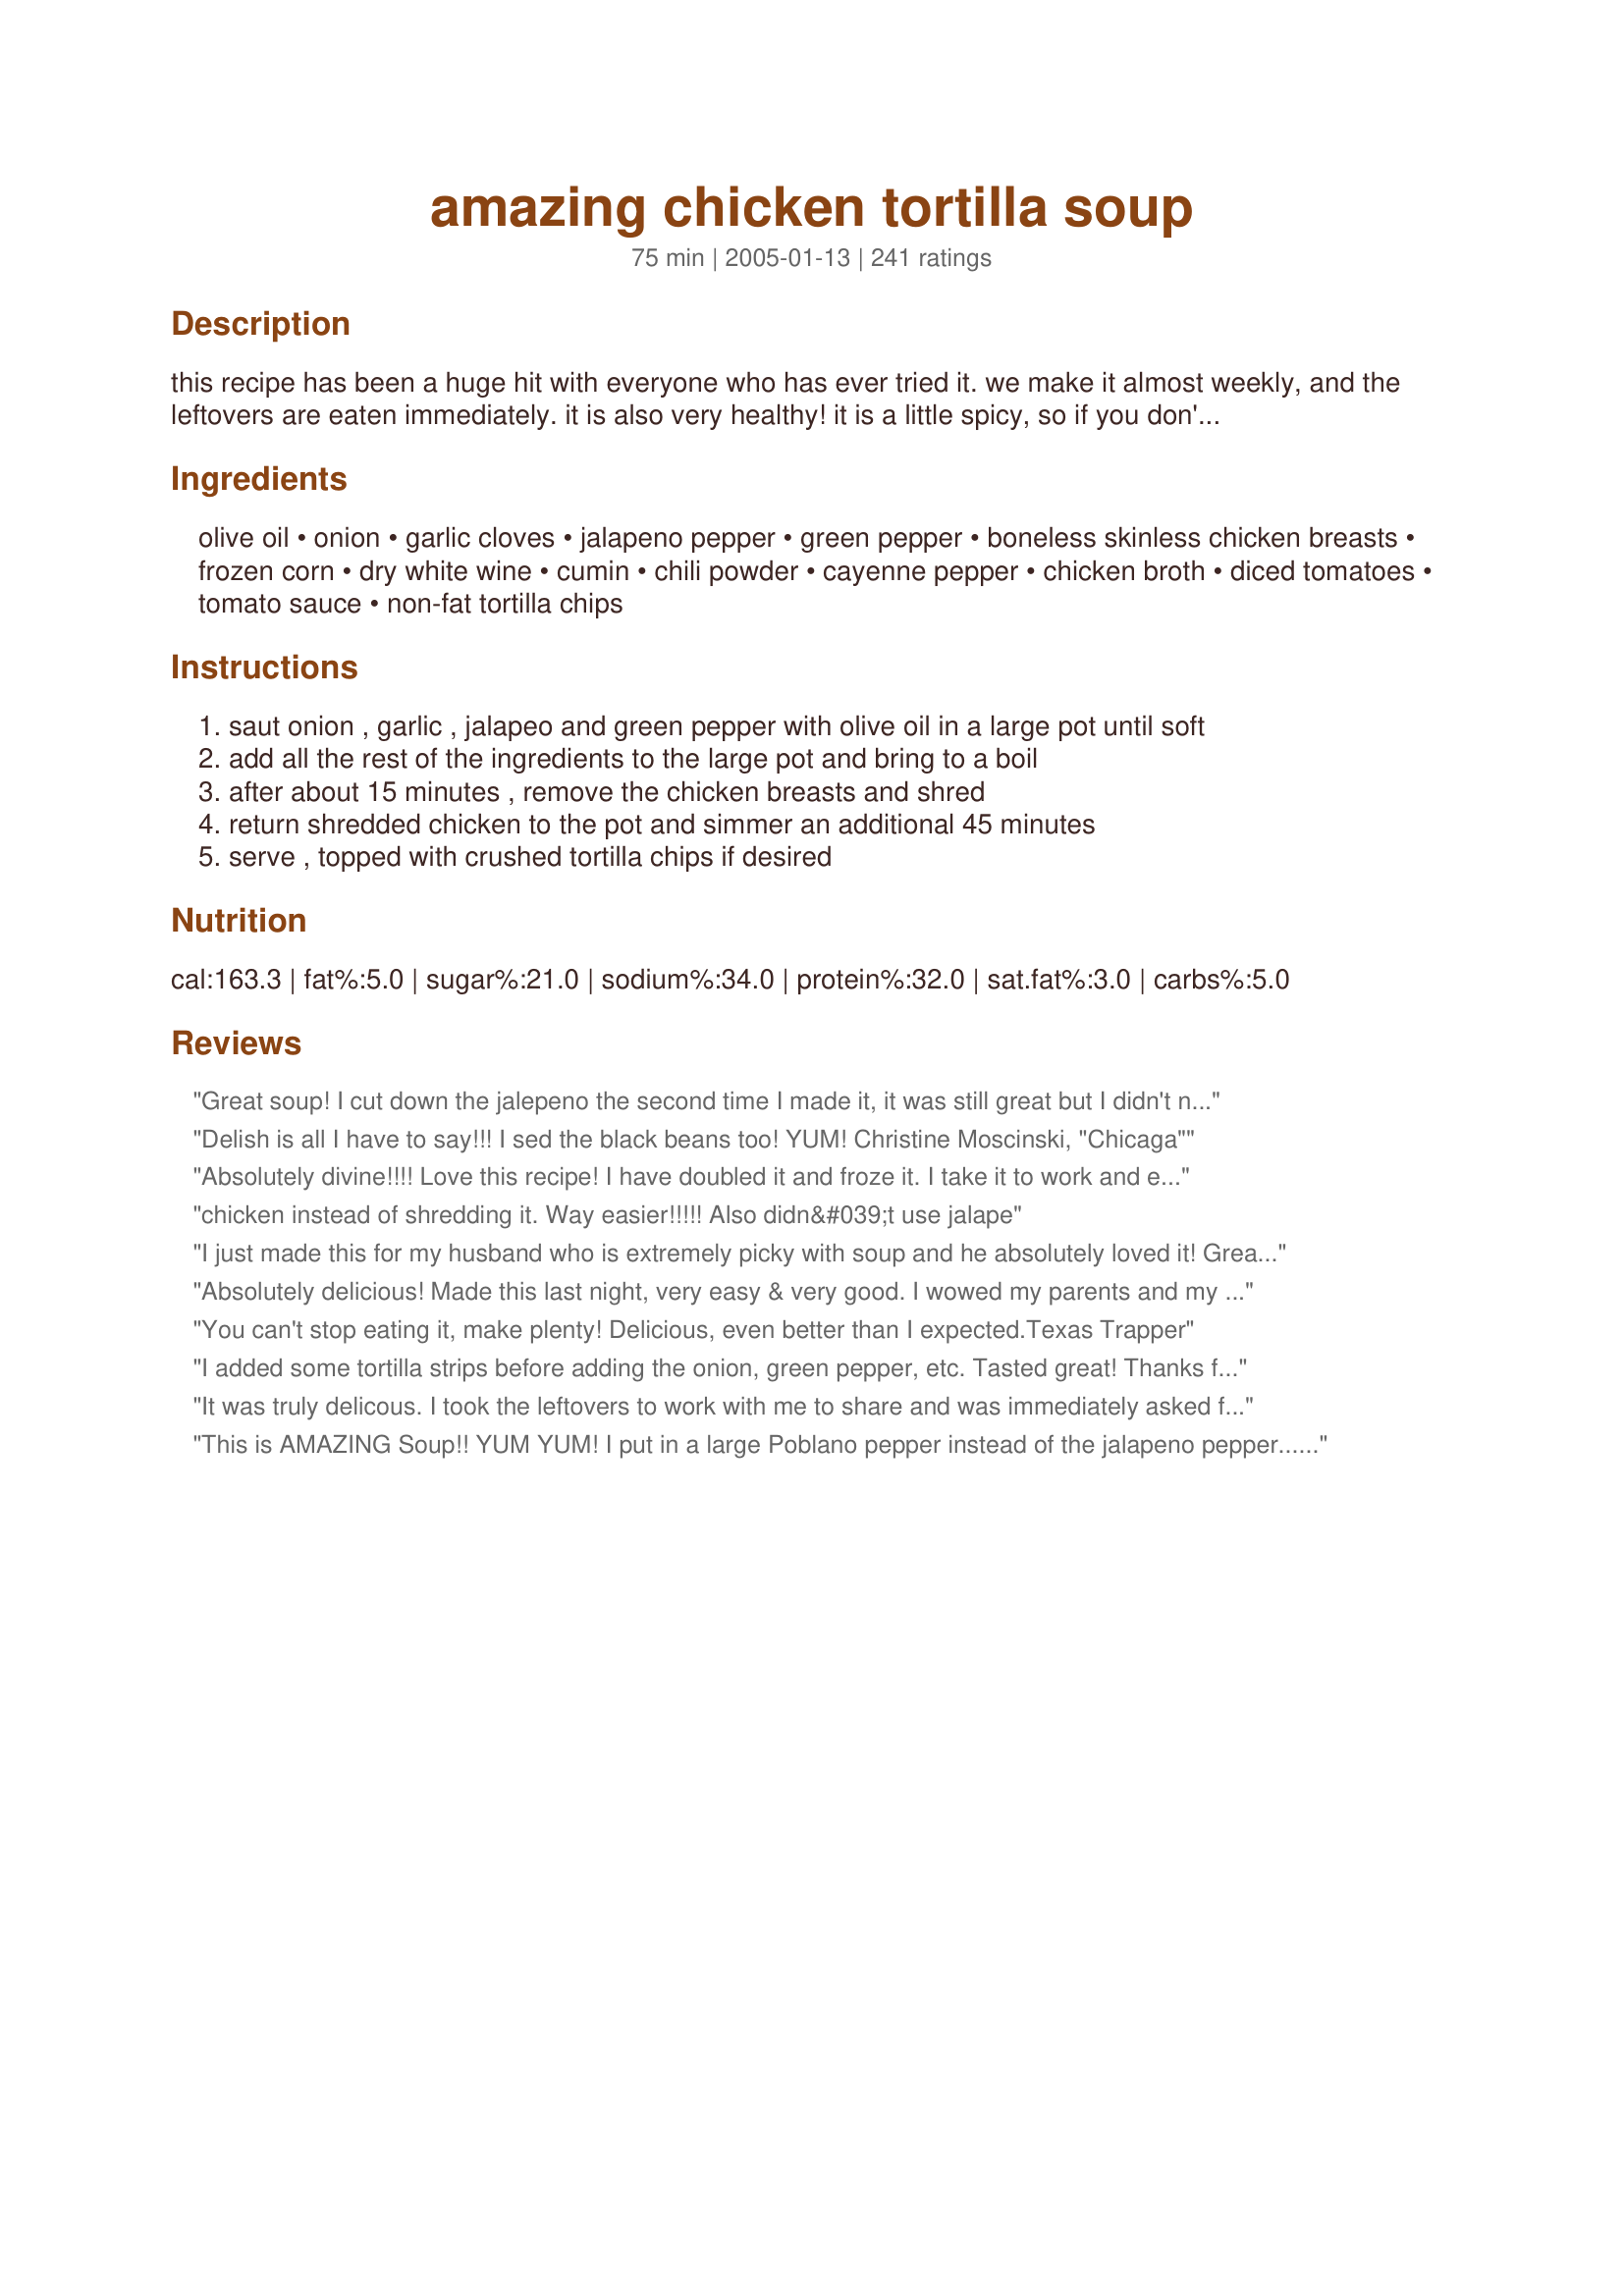
amazing chicken tortilla soup
Preparation time: 75 minutes

this recipe has been a huge hit with everyone who has ever tried it. we make it almost weekly, and the leftovers are eaten immediately. it is also very healthy! it is a little spicy, so if you don't have too much of a tolerance for spicy foods, you may choose to leave out the seeds of the jalapeño. if you love spicy, like we do, extra cayenne pepper adds even more zing. enjoy!

Ingredients:
olive oil, onion, garlic cloves, jalapeno pepper, green pepper, boneless skinless chicken breasts, frozen corn, dry white wine, cumin, chili powder, cayenne pepper, chicken broth, diced tomatoes, tomato sauce, non-fat tortilla chips

Steps:
saut onion , garlic , jalapeo and green pepper with olive oil in a large pot until soft
add all the rest of the ingredients to the large pot and bring to a boil
after about 15 minutes , remove the chicken breasts and shred
return shredded chicken to the pot and simmer an additional 45 minutes
serve , topped with crushed tortilla chips if desired

Reviews:
Great soup! I cut down the jalepeno the second time I made it, it was still great but I didn't need kleenex.
Delish is all I have to say!!! I sed the black beans too! YUM!

Christine Moscinski, "Chicaga"
Absolutely divine!!!! Love this recipe! I have doubled it and froze it. I take it to work and everyone who trys it loves it. the amount of heat is perfect. sometimes i add a bit of sour cream. It is sooo good i dream about it ;)!!
chicken instead of shredding it. Way easier!!!!! Also didn&#039;t use jalape
I just made this for my husband who is extremely picky with soup and he absolutely loved it! Great flavor! Followed the recipe but used canned corn instead of frozen and 1 can of black beans. It was amazing! This one is a keeper for sure!
Absolutely delicious! Made this last night, very easy & very good. I wowed my parents and my husband. I may add a can of Rotel next time or add some rice. YUM!
You can't stop eating it, make plenty! Delicious, even better than I expected.<br/><br/>Texas Trapper
I added some tortilla strips before adding the onion, green pepper, etc. Tasted great! Thanks for posting!
It was truly delicous. I took the leftovers to work with me to share and was immediately asked for the recipe. I did add the black beans and green chiles and alsoa few splashes of habenero sauce because we LOVE spicy foods.
This is AMAZING Soup!! YUM YUM! I put in a large Poblano pepper instead of the jalapeno pepper...and I also added fresh corn (off the husk of course) instead of frozen! Oh this is sooooo good.
With 5 stars and so many reviews, I knew this was going to be a great recipe and I was not disappointed. I used Hunts fired roasted tomatoes, added a little fresh cilantro and substituted frozed corn with Southwestern style corn by Green Giant. It was a big hit with the family. I will definitely be making this recipe again. Thanks to Lvs2Cook for the suggestion on the Seasoned Tortilla Strips by Junebug.
While I'm not sure how authentic of a tortilla soup this is, it's really good! I made the other chicken tortilla soup on the top 100 list a while back and we liked this recipe better. I used the whole green pepper, but other than that I think I followed the recipe exactly. Thanks for sharing!
This soup was a great hit....on many occasions. We (just my husband and I) loved it fresh and then froze a good part of it in take-out containers. What a great soup to have on hand to serve when it's cold or when you want something hot with a sandwich. We recently shared some with our daughter who just had a baby and our very, very picky son in law. Everyone loved it! We put simple Mexican crispy strips on top, but it doesn't need a thing. We followed the recipe exactly, using a freshly baked chicken from a &quot;Fresh Market&quot; which is similar to whole foods. We used both light and dark meat. I always use Hunt's tomatoes and sauce, as they seem to serve us well. This recipe is A KEEPER. Very happy to have found it and given it a try. It has a wonderful flavor and one that we will love to return to, especially because it is also low in calories and high in protein. Tortilla soup is not even our favorite, but this one has moved to the top. Thank you, Valerie!
What a lovely soup this is. I'm a wimp so I left out the jalapeno and the cayenne, yet it still tasted wonderful! I chose to cut my chicken into bite-sized chunks rather than shredding it. And since I like soup that's a bit more filling, I added a small amount of white rice and some leftover cooked green beans, neither of which affected the delicious taste. Thank you for a great recipe!
This turned out very good. I like the combination of the vegetables in it. It's great to work for lunch.
Nice flavor. I subbed the jalapeno with a can of diced mild chiles for the kiddos, but aside from that & using my own chicken stock, I stuck to the recipe.
I think I would add a can of black beans next time to make it more hearty.
This was so yummy and I can't wait to reheat some for lunch today. I used some tortilla strip chips to dip with instead of crackers and this pleased everyone in my house from 3 to 29. I added 1 can of black beans rinsed and drained just for some added flavor. Thank you for posting such a yummy easy recipe.
This is by far our families favorite soup recipe! It is super easy, and sooo yummy! We make it just as the recipe says, and serve it with a bit of grated cheese and some sliced avocado. A couple of the kids like sour cream in it. A google search for tortilla soup found this recipe, and made our family recipezaar fans forever! Thanks Valerie!!
WOW!! this really was so good! I agree with everyone...and it definately was perfect with the tortilla strips #100646 on the top of it! I will make this again and again! Very spicy- which I like, be careful if you dont handle spice well. I also added jalepenos that were pre-cut in the jar rather than one whole one as requested and it tasted perfect! Thanks!!!
I made this almost exactly as written except I used homemade shrimp stock that I had on hand and it was really delicious. Even my husband kept saying how good it was. Thank you for sharing it!!
fantastic. love this soup
This is sooooo good! The only think I added were black beans!
This is a wonderful, spicy soup. Served it with grilled cheese sandwiches. I omitted the green pepper because I'm not really crazy about them, but it didn't take away from the great flavor!
Don't listen to the negative reviews...this is really good!! I used the whole green pepper; I added a couple chicken bouillon cubes and a can of kidney beans. The flavor is full and a little spicy. Perfect for a chilly night.
Yum - this was surprisingly good! I wasn't sure about is when my DH picked out the recipe. It was really good! I left out the corn and added a sliced avocado the last 20 minutes of cooking.
WONDERFUL! We loved this recipe. It will definitely be a staple in our house. I had a lot left to freeze as well.
This is a delicious recipe just need to be seasoned by your own taste
I make this all the time and basically have it memorized. It is so good.
Excellent!! Especially good the next day! I used green chilies in place of jalapeno and in place of the dry white wine I used Ballatore Moscato Rose (more on the sweet side). When I shredded the chicken I seasoned with garlic salt and splashed with Ballatore Moscato Rose before putting it back in the pot. Oh and due to my pantry I had to use can corn (which worked out fine). I topped each serving with just a dab of sour cream( not to much or it will overtake the soup). It was Wonderful! Thank you for the recipe!! I will use it again for sure!!
This was very good soup but I did make some changes. I used store bought rotisserie chicken, subbed two Anaheim peppers instead of the green pepper, added a can of drained, rinsed, black beans, added 1/2c uncooked brown rice (really couldn't tell though) and I used 6c of homemade chicken stock. Also, I doubled the spices, as I thought it was a little blah with how it was written. All in all, this is a very yummy and satisfying soup. Thanks for sharing!!
OMG, this is out of this world!!! I wish there were more stars to give! My husband and I just adore this soup. I have such a hard time waiting because the smell while it is cooking is mouthwatering. We like ours with Tostitos Lime Tortilla chips! Thank you so much for posting this recipe. Im planning on making it again tonight and I think I'll use someone else's suggestions and add black beans to! Thanks again for posting such a great recipe!
I loved it. I used turkey cutlets instead of chicken and I added black beans -- I was delish!! Will cook again!!
DH and I have been making this recipe for over a year now, we just cannot get enough of it!!! It is so simple and the hardest part really is shredding the chicken!!!
Uninteresting
Nice and easy soup to make. I don't care for the big chunks of tomato though, so I will use crushed tomatoes the next time I make this delicious soup.
THIS ROCKS! We loved this soup. It was SO flavorful and had the perfect amount of zing. I added a lowfat mix of mexican cheeses and the crumbled lowfat tortilla chips on top are a must. Thanks for a great recipe! This is a keeper.
Can't rate it because I didn't follow the recipe. I was interested in the liquid to solid ratios. A can of diced and also sauce tomatoes and two cans of broth worked out perfectly with two chicken breasts. From there, I went nuts with what was on hand. The consistency of the end product was perfect. Not too soupy. Not too thick. Just right. Thanks for posting what I'm sure is a very tasty tortilla soup!
Fantastic dish! Super easy & super easy. I served it up with some shredded cheese sprinkled on top along with crushed tortilla chips. Will definitely be making this one again & again!
Amazing is an understatement. I am used to being disappointed when trying new recipes, this one exceeded my expectations. Everyone in my family loved it. We did add black beans to the recipe. Thanks so much!
I made this last night and it was so amazing that it was already gone before 2pm today.. :) As soon as I posted pictures of it on Facebook I had 2 people stop by and ask if they could have some! Of course I said yes, as it makes 10 servings and there are only 2 people in my house. I could not be happier with how it turned out! I did add some shredded cheddar cheese and sliced avocado to top mine off. I also used a homemade tortilla strip recipe that I found on this site! :)
Yummy. We really liked this soup. I served this with Taco Doritos and my kids couldn't get enough. I will definetaly make again. Thank you for posting....delicious.
I made this last week and loved it! It freezes really and was delicious served with avocado and sour cream. The only change I made was to omit the corn because I didn't have any, but I'll add it next time.
Made this for my DBF because I don't like him eating canned soups with all that junk in it. He loves spicy food and most recipes I have to up the spices but this had the perfect heat for him. The only change I might make is to use a little less chicken but I guess it depends how big the pieces are. I froze the leftovers and now he has a bunch of healthy lunches all ready! Thanks!
Yummy. I did add a can of red beans to mine. Will definately make again.
SO AWESOME! My whole family loved it! My husband is quite a chef and I always feel a bit inadequate - but he raved along with all three of my kids, ages 8-16. I added a can of black beans and used cilantro, sour cream, colby jack, and tortilla strips for garnish - SO YUMMY! Note that you can change the number of servings right above the ingredient list and it changes the amount of ingredients automatically. I made 6 servings and had 1 bowl left with everyone eating 2nds and 3rds. Next time will be making the full batch for the freezer, if it makes it that far!
After a 100 reviews what else is there to say. The recipe was reduced by half. I did not have the tomato sauce so I added in a couple of tablespoons of tomato paste for richness. The corn was fresh frozen. The soup was garnished with green onions and served with tortilla chips on the side.
I just made this “amazing” chicken tortilla soup. Now- I am a seasoned cook— 70 years old— and know how to make soup. I have NEVER made tortilla soup so I thought I’d try because I often order it out, and love the flavors. I made this soup exactly— and OMG— it didn’t even have the same COLOR as most tortilla soups.....it was bland, horrible. I did have a bowl— and saved one for another time just because I hate to waste—but honestly— I had to put the rest down the disposal. It was awful. Thank goodness chicken is not THAT expensive and the other ingredients aren’t too terribly pricey- but will erase this from my saved recipes immediately.
This is wonderful! I used a rotisserie chicken, and looked at labels to make a gluten-free meal! Definitely something I will make over and over for my family.
WOW!! My whole family loved this.. and let me tell you, that's no small task! My teenager even took some to school the next day for lunch! 

I also substituted a small can of chiles for the jalapeno and added a can of black beans, garnishing with a little monterey cheese and avocado slices... YUMMY!
First time ever trying tortilla soup, it was really good. However, I'd recommend deviating from the recipe, don't use frozen corn, use fresh. We're not animals. Cut the kernels off the ear and grill them for a couple of minutes to bring out their flavour. Also, regarding the chicken, throw it into the pot after you've sauteed the onion etc, for a couple of minutes. Holding off on adding the other ingredients, in order to get a slight sear on the meat before you blanch it in all that liquid.
Just made this soup for the first time. Made just as directed and it was wonderful. Next time I may add some black beans. A real keeper!!!!!
FANTASTIC recipe!! My 19 month old has a dairy allergy and it's hard to find great soups for him--he LOVED this one! I added a can (15oz) of black beans (rinsed and drained), a cup of brown rice, 3 stalks of celery(chopped) and a little ground chipotle (to taste). Plenty of leftovers to freeze, too! Thanks for the great recipe--there aren't enough stars here to give it justice!
A little more "tomato-y" than I normally like, but it tastes very fresh & healthy. I'll add beans next go round.
This was GREAT. Warning- it makes a lot (we're only 2 people)...so either cut recipe in half or be prepared to freeze. I'm happy there was a lot extra- can't wait to eat it again. Left out jalepeno because we have a toddler and it was still so good. Easy to make- hardest part was shredding chicken. YUMMY will make again and again. Great for company in the winter!!!
Imade this recipe for the first time today, and followed it exactly as written. DELICIOUS!!
Thanks, Valerie!
Hubs and my picky daughter loved it. Super easy and quick to make while kiddos were doing homework and had great flavor. Was a great diary free option for us.
The best! Will throw out my old recipe.
I made this using the wine option and substituting fresh diced tomatoes for the canned. I was told to add liquid to the tomatoes to make up for the liquid in the canned tomatoes. I had never done that before, and I don&#039;t think I will do it again. The soup was a little thin, and that was probably the cause. I think without, this recipe would be a close second to our favorite chicken tortilla soup.
This recipe is excellent. I added two cans of kidney beans and one can of black beans, excluded the tomato paste, green onion and green pepper (simply because I didn't have it on hand) and used four tablespoons of corn maze flour to thicken it (and only two Costco chicken breasts)... perfect. Will for sure make again.
Excellent recipe. I used diced tomatoes with green chiles and let it simmer for a couple of hours and it turned out fantastic!
Simply put.... AMAZING! I left out the corn, but otherwise kept the integrity of the recipe. My colleagues were jealous at lunch time when I brought a cup of what was left!
Fantastic recipe...Everyone kept wanting more!! I added 2 cans of canneloni beans and mashed up one can to give the soup a creamier texture. The flavors are wonderful. A 5 start recipe, that I have added to my collection and plan to use again and again. Can't wait to make some more.
Really good! I've made it a couple of times and it's pretty perfect just the way it is!
Well, I followed this recipe to a T and I'm sorry to say that I'm not a fan. Maybe my expectations were off but it didn't taste like any tortilla soup I've ever had and loved.
Sorry. This might be a good &quot;fast&quot; recipe, but please...how can a quick meal recipe based on canned products and not fresh produce, boiling or fast cooking compared to slow simmering, lack of careful combination of ingredients, or no judicious flavoring with carefully selected fresh herbs rate 5*? Obviously these people have never had real tortilla soup.
Really tasty and easy to make!
i never write reviews, but felt i had to sign up to leave a review here. Made this the other night and it was amazing. I had a cold and was looking for something spicy and warm to make me feel better. this completely hit the spot. definitely plan on making it again.
This is the best chicken tortilla soup I have ever had, bar none. The entire family loved it.
This was the best ever! I followed this recipe to the letter except I cut it in half. I was really sorry I did. I made it last night and i'm thinking of making it again tonight. I did use the low sodium tomatoes and sauce and it was still so flavorful. Yum!
This soup is basic, but delicious. It can easily be customized to suit individual tastes. I prefer hominy to corn, but I love this recipe. Just delicious!!!
I've made this a few times now and it's always a hit! This time I used a chipotle pepper I had left over instead of the jalapeno and some black beans. I also added some light cream to give the broth some body and cut down on the heat. You can't go wrong with this one- It's our favorite way to use leftover chicken! (Just skip steps 3 and 4.) Thanks for sharing!
I follwed the recipe pretty closely. I used 2 jalapeno peppers but seeded them. I also added the can of rinsed black beans per the recommendations here. I have to admit it was truly great. Even hubby commented favorably. (It has to be really exceptional for that!)

I'm putting this in my personal recipe collection for sure. #1 it was easy to prepare, #2 it was quick, #3 it really settled the demands of the tummy without overdoing the fat. All a big gold star in my book!
Very tasty and I love that it's healthy!
This was fantastic. I added red and yellow pepper, a few stalks of celery, and 1 can of light kidney beans drained. I only used 2 chicken breasts. I only used 48 oz of Kitchen Basic's chicken stock (not broth) and it was just the right consistency. I served it with multi-colored tortilla strips and some shredded cheddar cheese. Very nice level of spiciness. I will definitely put this one in my home recipe box. Oh one more substitution...I didn't have fresh jalapeno so I used some diced pickled jalapeno.
This recipe is one of my all time favorites! I simply can't get enough.

And, shortly after I fell in love with this recipe, I fell in love with the girl who introduced it to me. Coincidence? I think not.
Oh my goodness... I just finished this meal and I am so stuffed I could barely move :) I doubled the recipe and added a bunch of leftover turkey and a tall can of black beans. I served with cheese, sour cream, sliced avocado and homeade recipe #100646. This was totally delicious - I wouldn't have done a thing to change the perfect flavor and my house smelled like heaven while I was cooking it!
The soup was amazing!
My husband and I have been searching for the perfect tortilla soup and this is it!! It's even better than the soup we get at 'El Patio' in Presidio, Texas. Presidio is on the Mexican/ U.S. Border and El Patio is known for it's excellent tortilla soup. 10 stars!
I added fresh roasted tomatoes, a cup of cilantro, fresh tortilla strips (using masa flour, wax paper and a rolling pin) and 2 limes. I think I am sending my flu packing b/c I added a LOT of HOT.
This is awesome. I add a large salsa from my favorite mexican restaurant instead of the tomato sauce. Everyone loves it.You can change it up anyway you want. It's hard to mess up.
Made this today, but i didnt include jalape&ntilde;o and chili powder so my niece could eat it. Everyone loves it!
Awesome soup! Fantastic flavor. I used 1 can of tomatoes made for chili and one can of plain. I also omitted the jalepeno and used one can of undrained green chilis. The next time I make it, I will do a few things differently. I will add one whole bag of frozen corn because I didn't think there was enough and I will add the black beans as there aren't enough ingredients in this even though the flavor was wonderful. I might add some zucchini in the last 10 minutes, too. Thanks for such a great recipe...my family loved it.
LOVE THIS SOUP! Can't say enough good things about it. We used a habenero instead of the jalapenos (we like spicy) and it was amazing. Only make half though if you aren't feeding an army!
This was an awesome recipe. I used leftover turkey from Thanksgiving and it worked perfectly. I actually cut the recipe in half since there was only two of us but still used the whole jalapeno and the heat was perfect. Very balanced and delicious. Low fat too!
I was pleasantly surprised with how delicious and easy this soup was!! It was my first attempt at making soup ever and it's delicious.
Absolutely wonderful. I mad this for my roommates and they loved it! Not too spicy, and super filling! Definitely recommend this recipe to everyone! Also, easy to make for a new cook.
Simple and Tasty.
I didn't change this recipe much. I halved the recipe, used a can of green chiles instead of the jalapenos. Added 1 t of Spanish paprika, 1/2 cup of chopped celery, 1/4 cup of chopped green onions and about 1/2 cup of sour cream. I really liked the degree of spiciness not too hot and not too mild. We will definitely be having this again!
My family really enjoyed this soup!! I really like it because it is low in fat and tastes great! I didn't use the green pepper but instead used cans of tomatoes with green chiles. I did use a whole bag of frozen corn. Thanks!
I Loved this easy and delcious recipe! We were in a hurry so I made it vegetarian style without the chicken and it was still wonderful. I did add extra bell pepper and used 3 large jalapenos (and next time I will use even more bell pepper it was so awesome). I served it with a side of different toppings so everyone was able to top it off how they liked such as sliced avacodos, lime wedges, sour cream, shredded cheese, tortilla chips, and fresh jalapeno slices. I also heated up some four tortillas in the iron skillet for dipping, All you need are a couple of Tecate's or some Pinot Noir and you have yourself an awesome dinner.
This was really good. I did not add the cumin, chili powder, or cayenne but used rotel for the diced tomatoes and it was plenty spicy still. Hubby and I loved it but next time I will have to cut all that and use regular diced tomatoes for them to like it. I have several individual servings in the freezer for lunches now.
Used a can of green chilies instead of jalapeno.

Added a can of rinsed and drained black beans.

Omitted the cayenne pepper.

Topped with shredded mexican cheese, crushed tortilla chips and light sour cream.

Great soup!
I was a bit disappointed, especially with all the good reviews! The soup is good, but it's a glorified chicken chili. I was looking for a restaurant style chicken tortilla soup. Word to the wise, it packs quite a bit of heat so those shy of spice, beware!
Outstanding. Used split chicken breasts on the bone - made a better &quot;broth&quot;, Rotel diced tomatoes (spicy!), and added a can of drained black beans. Served with rice, shredded cheese and sour cream. Was amazing and warm and perfect!
Made this for the first time last night, and it was GREAT. I'm gonna have to double it next time. Thanks!
WOWWWWWWWW! Best ever
This was outstanding. I have a weekly soup club and served this with a choice of tortilla chips or corn chips. Several asked for the recipe, once saying it was the best she had ever had. You guys are making my soup club a success.
Amazing, awesome, outstanding, incredibly good -- I'm not sure what else to say. Tried this last night. BF wasn't too sure about it but thought it smelled good. He ate two huge bowls of it last night and took another large container to work today for his lunch. I didn't have a regular onion, but I did have some green onions, so I used those. Also, for the chicken broth, diced tomatoes and tomato sauce, I used the lowest sodium content I could find. Even with these substitutions, we thought it was AWESOME! We'll definitely be making this again and again and again -- Thanks for sharing your outstanding recipe!
I'm giving it 5 stars although I made slight changes to use what I had on hand. I used Rotel in place of one of the cans of diced tomatoes and some leftover tomato sauce (likely equal to 1.5 small cans). I had leftover rotisserie chicken so used that and a can of corn (drained) instead of frozen. Otherwise, it was the same and it was even better the next day!
I followed the recipe. Then, being a typical tinkerer, I added some lime juice and a can of drained and rinsed black beans. I think it tastes great - I'm eating it right now and I doubled the recipe and sent it with my daughters to a youth gathering. I will probably make it again. However, I am confused about something. It is Chicken &quot;tortilla&quot; soup, right? So....where are the tortillas?
Very Yummy!! I mixed liquids, spices, and frozen corn to start it boiling. I added a can of rinsed black beans and a can of rinsed kidney beans to this mixture. I used fresh tomatoes and broiled them along with jalapenos(both already chopped) on high for about 15 minutes, before adding as well. I also cooked chicken and fresh veggies(separate) first in pan before adding to soup. After which, I let simmer for about 20 minutes. 10 star recipe, i agree!!
This recipe is absolutely the best!!!! It has a really deep depth of flavor. I like spice so I used 2 jalapenos AND a serrano. I have also added rice. With or without the rice is it a great recipe. Wish I could give it 10 stars!! And it freezes great also. Thanks for a keeper!
I made this for my husband a couple of nights ago and he said "YUM, YUM, YUM!!" He's not one to say much about food and he wanted it again the next night. I halved the recipe which was plenty for two people with leftovers. I also added 1 cup of cheddar cheese right before serving (two cups if making a full recipe) but I'm sure Jack cheese would work great too. I forwarded it to a bunch of my friends.
Very tasty recipe! The only things I differently were to use canned corn (what we had available), add 1/2 cup cilantro ( we love it) and offered some jack cheese as a topper. This is a definite keeper. Thanks!
I am giving this 4 stars because I had to pump it up. I ended up doubling the spices and adding the leftover cilantro from the fridge. Yum. Definitely will make it again. I garnished it with zesty Doritos and grated old cheddar.
Made this with leftover thanksgiving turkey, added a tall can of black beans (drained and rinsed), an extra jalapeno, and some zucchini at the end. I omitted the tomato sauce because I didn't have any. It was quite good.
Awesome recipe!
Yummy! I did not have jalepenos, but it was excellent all the same with extra cayenne. Thank you for sharing this great recipe!
The best ever!<br/><br/>I replaced 2 cans of broth for 3 cubes of chicken buillion 2 cups of water. Used 1/2 jalapeno pepper and it was perfectly spicy. Mind you, I love spicy food.
Fantastic! Delicious! It is Amazing! We've never had it before, but we love soup and came across this recipe, decided to try it and glad we did! Added the black beans like others mentioned (good for the body) and used two jalapeno's - seeds and all - we like hot, spicy food. Two containers for my freezer but I'm not sure they won't be gone by the end of next week! Thanks for sharing!
This recipe was a hugh hit. My family and I loved it...I will keep this in my receipe book of soups for sure. I did add '3' green onion, nice bunch of cilantro, 3 hands full of Mexican shredded four cheese, salt & pepper. I used 8-10 garlic cloves, deseeded the jalepeno pepper, '3' bonless/skinless chicken breast and 5 boneless/skinless chicken tenderloins, 2- 11oz Mexican style corn- instead of frozen, 1 10oz Rotel diced tomatoes with Lime & Cilantro, 1 10oz Rotel diced tomatoes with Green Chilies, 1 14oz reg diced tomatoes. I used chicken stock in the box -- instead of broth. Everthing else the same. DELICIOUS!!!!
OOH...I forgot to mention that I also had a ripe avacado that I put chunks of on the top of each serving bowl along with the tortilla strips.
My DH and I both loved this, and he's not usually a huge soup fan. I used brown rice instead of corn, and green chiles instead of the peppers. I also cut the chili powder and cayenne pepper in half, so my DD would eat it too. Topped with low-fat sour cream, cheese, and fresh cilantro. Super healthy and delicious!
This is an excellent for a cold winters night..just a warm and cozy meal that everyone loved..Thanks
Very easy and very good!!! And pretty healthy to boot which is what I was looking for!
Loved it. I changed a few things. I doubled the amount of Tomato sauce by accident, but it worked great. I think otherwise it may not have been creamy enough. I did not used green peppers or jalapeños. Instead I used a can of mild that I puréed in the food processor. Also used a can of corn since that's what I had on hand. Was cooked <br/>In 45 minutes. The family loved eat, even the pickiest teenager known to man. Will make this often and love that's it's healthy.
Terrific recipe. Just perfect. When I make this, I use one rotisserie chicken, minus skin and bones, of course. It is the perfect quantity of chicken and makes this recipe super fast.
As I perused recipes for Chicken Tortilla Soup, this one caught my eye. I read the reviews and used most of the suggestions here. I used one can of Rotel and fresh tomatoes to equal the 2 cans (still added fresh jalapeno and cayenne pepper), drained/rinsed black beans, omited wine/water, added 2 pkgs. Goya Sazon, 1 tsp. paprika, and 2 zucchini (thick sliced), used tomato paste in place of sauce, added ground chipotle, made homemade tortilla strips, garnished with avocado, sour cream, colby jack cheese. I did add more chili powder and cuminos to adjust to our taste---however, I did not use fiesta/southwest corn because I could not find any at the grocery store. This recipe was so easy and as far as taste---It was simply the best. Tasty, hearty, healthy, filling, and did I mention it was "off the chain" good. I was so happy this recipe made a lot. I don't have a lot of room to freeze things, so I am blessed to be able to share this wonderful bounty with friends....mmmm mmmmm good! (posted a photo, if it is approved)
Added celery, carrot, and zucchini to up the vegetables in my family's diet and also to add bulk (I'm feeding 2 teenage boys). Put crumbled tortilla chips and cheddar cheese on the table for each person to add as they like. Delicious and filling.
Wow! This was very good! I was surprised at the depth of flavor. Will definitely do again. Thanks.
I love this recipe. It was my first time to make anything Mexican but it turned out great. Served it with crushed nachos n it was amazing. Thanks for such a great recipe
WOW !!! This recipe came out amazing everyone loved it! not only is it so fast and easy to make it's great for left overs !!! yummy
See edit at bottom:<br/>Wow!!! THIS IS FABULOUS!! Didn't have to adjust very much at all. Used Rotel instead of canned tomatoes, omitted tomato sauce, used my homemade stock (Recipe #24576 Lennie's Rescued Turkey stock) which didn't require me to use canned broth since my stock is concentrated and I add water to that. I was a bit worried as it simmered and I tasted it that it would be too spicy even for us, so I added a dollop of sour cream to our bowls and we both lapped it up. Served with a side of guacamole, sour cream and tortilla chips on the side and crushed in the soup... and salad. What a great cold night meal. We both LOVED this!<br/>ETA: This freezes extremely well! 8/23/2011 - I don't know why I forgot to put stars on so many reviews. Updating to add the very deserved 5 stars to this FABULOUS recipe. I have to say, this is my FAVOURITE recipe here.
I'm making this right now again, for the fourth time in 6 months and I absolutely love it. I can't wait to eat! Thanks again, Val.
This recipe is fantastic. My boyfriend likes beans so we put 1 can of black beans in the soup. Next time we will use 2 cans. It didn't need the beans for the flavor though. It's perfect the way it is.
This was fantastic! Just like we get at one of our fave restaurants. I halved the recipe, added a can of rinsed and drained kidney beans, and left out the wine/water. It was perfect. I paired it with recipe# 100646 seasoned tortilla strips. I will be making this quite often. Thank you for a great recipe.
Excellent soup. We made a couple of minor adjustments. Bone-in chicken for added flavor, a little lime and fresh cilantro livened it up, and like many other reviewers, we added a bit of heat with hot paprika and ancho chile powder. Definitely making it again.
I made this recipe as is and it was delicious! Easy, cheap and very filling. Thank you for the recipe!
Great recipe! Love it. Made a couple tweaks. I added a handful or two of cilantro an extra tsp of cumin and next time I'll add one can of broth and tomato sauce.
This soup was a huge hit. I did add black beans, fresh corn, fresh tomatoes, and cilantro. Skipped the wine and used a little water. I will definitely be making this again.
Wow! What a great soup to throw together. I made this in my crockpot several weekends ago. Froze it into 2 small containers for lunches, and 1 big for dh & I to share. Only changes were to use chicken broth instead of the wine, and to omit the jalapeno. Yum! We absolutely loved it. Thanks for sharing.
this recipe is great!! it was easy to prep, easy to make, and even better to eat!!! everyone in my house loved it, and my house still smelled delicious hours later!!! this is definitely a recipe that everyone should have!!!
This turned out really awesome! I added black beans to my recipe. It will be a regular dish at our house!
I used 1/2 bunch of fresh organic cilantro, fresh corn, bay leaves, toasted comino, toasted coriander ~ Oh, and Hatch green chilis
I love this recipe! I replaced one can of the diced tomatoes with the jalapeno diced, and it had just the right amount of spice!
This is a great soup and I make it often! I added a can of black beans. Freezes well. Yummm!
I have tried many different recipes of chicken tortilla soup, and this one is the keeper. My husband and I couldn't stop eating it (I made it because he was sick, thinking he probably wouldn't eat any, but he ate 4 bowls in one night!). The only change I made was substituted red bell pepper for green (neither of us like green) and added more cayenne. Thanks for the great (and simple) recipe :)
This turned out SO GOOD! I made a few modifications based on reading other reviews. Added a can of black beans; instead of using tomatoes and sauce, I used a can of rotel hot tomatoes and a couple tablespoons of tomato paste. I also only used 2 big chicken breasts and it still turned out with enough chicken. Topped with sour cream, cheese, and crushed tortilla chips. So so good! I&#039;ll definitely keep this recipe on hand. It also makes a ton so I look forward to freezing it.
Just cooked it now, was so so tasty!
Excellent! We live in South Texas and order Tortilla soup a lot when we eat out. This was just as good as any we've had before. I was very pleased. I used the leftover turkey from Christmas dinner and it was great. I also added avocado and black beans for flavor and color. I didn't have any white wine in the house and I skipped the cayenne pepper because I have two small children.
We really liked this recipe! I used a can of diced tomatoes with chilies and was spicy enough for us. Also didn't have tomato sauce on hand, so used a can of tomato soup, and it worked fine.
This truly is "AMAZING chicken tortilla soup!" I moved to Indiana from Texas and one of the things I have missed the most about Texas is the food. And one of my all time favorite foods is tortilla soup. I have searched high and low for a GOOD tortilla soup recipe and until this recipe I was greatly disappointed. In the past week I have made this soup two times! I did add a little bit more jalapenos (because I really like spicy) other than that I followed your recipe exactly.
This is truly the only soup I crave regularly. I just made it again while we had a rainy, stormy weekend even though it really wasn't that cold. In fact, we're finally getting out of winter and you'd think I'd be sick of soup already! I think that's whats so great about it, it's not a big heavy soup, but it's still substantial enough to make a good meal. I top with sour cream and tortilla chips, and it's fantastic!!
Awesome!!!
I added some sugar and sprinkled some shredded cheddar on top. I did not use jalapenos. This is good both with and without the crushed tortilla chips on top.
I will definately make this soup again!!!!! I added a can of black beans for extra fiber and color.
Very good, and simple to make.
Really good!
Just finished several servings of this tortilla soup. Only change I made was to add a can of black beans as suggested by another review and my favortie herb, cilantro. Added crushed tortilla chips, cheese, sour cream and additional cilantro to each serving. Quite tasty and satisfying!
Great soup, just seemed to be lacking a bit of depth. Will try simmering for longer than the recipe says next time.
I also added black beans - this is the best soup that I've ever made. Everyone at my superbowl party thought it was awesome - even the pickiest of them. My compliments to the recipe master!! : )
This soup saved my marriage!..Ok that's a bit overstated, but my wife, who not always apprecites my talent in the kitchen, loved loved loved it. I followed the recipe, but cooked it ovenight in a crockpot. In the morning, I added about 10 oz of heavy cream and WOW! It changed the whole character of the soup. Now I have a standing order for this soup to be accessible at all times in the freezer. Wahooo! I win!
Very Very Yummy! I didnt use any green peppers just jalapenos and I used Hominy instead of yellow corn ( I didnt have any yellow corn lol) And I cubbed the chicken instead of shredding it. and my family and I LOVED it. And it is hard to get my 4 year old and 1 1/2 year old to eat soup and they ate a whole bowl! Thanks for sharing your receipe!
This soup was amazing. All I can say is &quot;Oh Dios Mio&quot;.
Made this soup for my wife after work one day. It was easy and an instant hit. I added the whole green pepper and a can each of black beans and pink beans. Topped with cheese, sour cream, green onions and avocado. I added cilantro to mine as a garnish. Wife is not a big fan of cilantro so none in the soup itself. Good Protein, low carb (if you limit the amount of tortilla chips) and with a side salad, you get your fresh leafy greens. Yum all around.
Super YUMMMOO. This recipe is a keeper ;)
The name is serious! This was amazing! I used already cooked and chopped tyson chicken to make it even quicker and it turned out fantastic!!! I'll never try another Chicken tortilla soup again. You could probably omit the chicken too if you don't eat meat and add black beans or tofu. It would still be awesome! Thanks.
Made this for a church potluck. Well, the only thing I did was added a tsp of Mexican Oregano. Other than that I followed the recipe. I took a full crock pot full to the dinner and came home with a empty crock pot. There were plenty of compliments. If I was cooking this for myself I would probably add a 2nd jalape&ntilde;o or maybe a 2nd tsp of cayenne to really bring the heat level up. I said this to a couple people at the dinner and they told me no, it was perfect the way it was.
Great recipe. I added pinto beans. I excluded the cumin since my darling fiance doesn't like it. So I doubled the chili powder and cayenne pepper. I even left a couple of jalapeno seeds in the soup ( we don't mind spicy). His family enjoyed it. There were no leftovers!
Tried this last night because I had similar ingredients at home and it turned out fabulously! Used fresh diced tomatoes instead of canned, tomato paste (and a pinch of sugar) and regular chillies instead of jalapenos. My family loved it, it was quick and easy to make and its definitely going to become a regular item on our dinner menu! Oh! Also served it with a dollop of sour cream, which took the sting out of the chillies a bit!
This soup is amazing! I make it all the time with slight variance based on whats in my pantry but I love it every time. Tonight I can follow exactly, so I am excited! I make this soup when ever people come to visit over the weekend. Its easy to have in the fridge, tastes better the next day and is yummy. Thank you!
Yummy soup! I changed a few things. I diced up uncooked chicken breasts to eliminate the chicken removal and shredding step. Also, added a can of kidney beans and a can of Rotel tomatoes to add a little more bite. Never tried it with the chips but will certainly be making it again!!!
Delicious...tweaked it with serrano peppers added 4 splashes of habenaro tabasco and dryed red peppers...
My family loved this soup - I'm making it for the second time this week! I do tend to increase the spices, but that's for everything I cook! We prefer ours with green onions, cilantro, shredded cheese, and sour cream. Thanks so much!
Tasty!
awesome!
My fiance loved this soup. I also added a can of black beans. The chicken was super simple to shred with two forks. My nine year old daughter loved it too!
This is a great recipe...I made just a few alterations. First instead of using just diced tomatoes - I used the diced tomatoes with green chiles. Second - I added four stalks of celery...and finally I chopped up some avocado, green onions and cilantro and fried up some corn tortilla strips to garnish the soup with right before serving and topped with a little bit of cheese...My family all LOVED it - and it was just as good the second time around.
I don't understand people who take a recipe and then change it completely and then give it five stars.
I used only a splash of olive oil- nonstick pan- to reduce fat. Added some diced fresh carrots and celery and upped the garlic to 6 large cloves and added some cayenne to it- have a cold! grrr I used some homemade broth I had frozen and fresh tomatoes rather than canned. this would be great with one chipotle- would add a hint of smoky flavor. I also added some chopped zuchinni at the end just until soft. Very traditional Mexican. Great recipe- very easy to add or take away to your tastes and still comes out yummy! Thanks so much for sharing!
I LOVE this soup. Everyone in my family LOVES this soup! I am not a huge tortila soup fan, but my father is, so I was looking up recipes when I found this one. HUGE success. I did make a couple tweaks. I omitted the jalape&ntilde;o and just used the whole green pepper. I also added two cans of drained black beans. This soup is amazing, and even better the next day. I have been eating it for lunch as a leftover and it is fabulous after sitting and marinating further. To die for! Make this soup, you won't regret it!
My husband said this is the best soup he has ever ate. That is a huge compliment. The only variations I made were boiling a whole chicken and used that as my stock plus one small can of chicken stock. I shredded the whole chicken so you got chicken with every bite. I also omitted the the wine and added green onions along with the regular onion and added about a 1/4 cup of chopped fresh cilantro. Also added 1 extra Tsp. of cumin to give it an extra smokey flavor plus 1 cup of sharp cheddar cheese and 1 can of black beans (mashed 1/2 can). To give it a thicker texture I took 1/4 cup of the soup and mix with 1 Tsp of flour and added that to the soup as it cooked down. Garnished with cilantro, cheese, sour cream, tortilla chips, and green onions. JUST PERFECT!!!!!!
I needed to find a recipe to use what I already had in the house and this was it! Looking at the ingredients list, it did not seem like much but the soup Does thicken up and has tons of flavor! I topped my bowl with broken tortilla chips and shredded cheese. Yum! Will try with turkey breast next time. Thanks for a healthy, inexpensive, and easy recipe!
I added some black beans and then picked up some tortilla strips from a restaurant. Finally a recipe even my children liked!
I have tried several tortilla soup recipes and this is the best so far. I made two changes that I'll share, for the tomato sauce I used El Pato which is a Mexican Hot Style Tomato sauce, you can find it on the hispanic foods aisle in most grocery stores. Added a nice kick. Also, I let my simmer for a few hours to really let the flavors meld. That's it! Thanks for sharing.
We thought the soup was good, but still searching for a recipe that is better for us. The initial flavor was great, but it almost seemed to mellow in your mouth and lose it&#039;s punch. Hard to explain. Not a rich, deep, or developed flavor.
First time I ever made this kind of soup....it turned out to be a 10 star recipe all the way...we all loved it...I can see this is going to be the family favorite from now on..
Love this recipe. Have served it twice, in two weeks.
I did not like this recipe.
A great soup that can be modified any number of different ways to match individual tastes.
This chicken tortilla soup says it all in the title, amazing! This was the first time having or making chicken tortilla soup and it was just delicious! The hubby isnt too fond of soups either and he loved how filling it was. I only added 3 cans chicken broth bc I was running out of room in my pot! After simmering it still was plenty of liquid adding one less can. I did add a little more corn and a whole can of rinsed black beans. Im glad I added the black beans bc they were delish in it! I think I did end up adding a couple of extra seasonings to it, like basil and parsley. And at the end up cooking a little fresh cilantro. I garnished with a dollop of sour cream, a lime wedge, chopped cilantro, some monterey jack cheese, and freshly made tortilla strips. This is a favorite soup for us now! Thanks for the recipe.
This was delicious and easy. I had a leftover, store-bought roasted chicken so I used it instead of the chicken breast. Just took it off the bone and shredded it into the soup, then simmered for 45 minute. Top it with lots of shredded cheddar before serving. Yummy!
Seriously delicious! I added avocado chunks with the tortilla strips as toppings.
This soup tasted delicious but mine turned out much redder than the photo and it simmered down so much that it was pretty thick and more like chili when done. It was still very yummy - maybe I didn't need to simmer it so long (or could've kept it covered to prevent the evaporation).
This soup is awesome! I found that by boiling the chicken breast, I did not have to use the canned broth, which saved money AND sodium. I then cooled and shredded the chicked and added the broth to all of the other ingredients. I did not use the topping as this soup is so delicious without the chips. This soup is spicy, but not overly spicy. It is perfect and great as is. Thanks for posting. This recipe is easy and definitely a favorite of mine and anyone else who tries it.
This is a wonderful tortilla recipe. I did everything as described but added 2 large jalapenos instead of one medium sized one. I used fresh home grown tomatoes for half of the desired quantity and the rest from a can. Love it!! A keeper.
It's tasty (and far healthier), but I much preferred the Chicken Tortilla Soup II recipe, which uses 10 corn tortillas.
Delish!!! Added more garlic, otherwise didn't change a thing!
Wow! I'm not a soup person normally, but this one changed my mind! I -am- a fan of thicker soups, so I halved the chicken broth, and used double the tomato sauce listed. This made it come out nice and thick, but still more soup than chili consistency. I think next time I'll probably use the whole pepper, too. This tastes WONDERFUL for something so simple and healthy. Will definitely make again.
5+++. I doubled the jalapeno....wow! This is a great rating from me as I tend to be a bit picky ;)
I love soup, and I think this is my absolute favorite type! It's so versatile, and you can do whatever you want to it and it still turns out awesome. Love how easy it is just throwing in the chicken. I used fresh corn, which made it a bit more fresh tasting. It was what I had. A lot of times we skip the tortillas on top and just eat it with quesadillas.
My daughter made this and it was delicious!
Making this tomorrow, could you use canned corn instead of frozen?
This was a great soup! I would definitely make this again!
Does anyone that has made it know approximately what a serving is??? I see it makes 10 servings and am guessing it's about a cup judging from the liquid ingredients. I follow Weight Watchers and this is a great low point soup - so would like to know for tracking purposes. Thanks in advance.
Awesome soup, thanks for sharing this recipe! Only modification was to use frozen fiesta veggies instead of just corn (black beans, red pepper, corn, onion).
Eating a bowl now for lunch - YUMMY! Made this last night for my husband(who took a bowl to work) & daughter and both loved it. I order tortilla soup every chance I get and this beats any I have tried. Coming from the southwest that's a big compliment! And very easy to make with ingredients I usually have on hand. We topped ours with Julio's toritalla chips, cheddar cheese and sliced avocado...WOW it's a keeper!
Hello, darling! This is some good soup. This was full of flavor and hearty without weighting you down like some cheesy versions. I cut the broth back to 5 cups and had to go with a can of green chilies b/c I had no jalapeno. I added some chopped celery just to use some up. Definitely went with the wine. Did full fat homemade tortilla strips which were killer. Whole family said this was a keeper.
Very yummy soup! It was healthy and easy to make. I used a small can of diced green chilies instead of jalapeno. Had the perfect amount of spiciness. Will be making again! Thanks for sharing!
This recipe is amazing. I added black beans, and cilantro and used diced green chilis instead of the jalapeno. One of the best soups I have ever had.
Easy, Delicious & Economical...What could be better!?!?! I'm not a soup lover and I really enjoyed this soup. I made it for a small gathering of friends & doubled the recipe since I had more chicken. I had gotten a "pick of the chick" pkg on sale for $5 so I roasted the chicken & used the meat from that. I had leftovers and served them the next day at church for lunch. Everyone loved the soup and several people asked me for the recipe. THANKS for a great recipe!!
WOW!!!... amazing is right!!! I changed it up a bit because, I can't seem to be able to just leave a good recipe alone! I tend to like my meats browned rather than just boiled so, I pan fried the chicken breast (I added a couple more breasts), until browned than added it to the soup with the drippings from the pan. I followed someone elses suggestion and mashed a can of cannellini beans to thicken the soup. In addition, because I like color, I added a can of black beans, some red and yellow peppers in addition to the green, about three stalks of celery an extra garlic clove and another jalapeno pepper for spice. I omitted the 1/2 cup of water or wine and added another can of chicken broth. Because of all of my additions, I added a few more dashes of the three spices. Simmered for about an hour and served with some homemade tortilla strips and a sprinkle of cheese... it was truly AMAZING!!! With the extra jalapeno pepper, I was afraid it may be too spicy but, it wasn't at all... I may even add more next time. I was thinking that a sprinkle of cilantro may be a nice touch too!!! This will be an all time favorite in our household from now on!!! Enjoy!!!
This is really good soup. Easy to put together as well. I followed this recipe pretty well. I did increase the amount of cayenne and added 4 corn tortillas to help thicken the soup and give it additional flavor. Yummy. Next time I'll add avocado for topping in addition to the Recipe #100646 recommended by others. Thank you for posting. Great recipe.
Fantastic soup. I followed the recipe to a tee. Intense flavor, perfect spice combination. I served it with sour cream, shredded cheddar and fried corn tortilla strips on the side, but it really didn't need any of those. Perfect just the way it is.
This soup is AMAZING! Perfect amount of spicey! I made this for a Halloween Party, froze it and then reheated....Everyone RAVED! Thank you, Thank you! K
This soup was so easy to make. I added two cans of black beans and a little more chicken but it was so good and the leftovers were out of this world! Will make again and again!
I don&#039;t know why I&#039;ve never reviewed this recipe before. This has been my go to tortilla recipe since I I started dating my husband! I absolutely love this recipe, so easy and it&#039;s a hit every time. We like to add Lime Tortilla Chips! I&#039;m nursing right now and the spice is a little too much so I use different peppers so it&#039;s not so spicy and it&#039;s still fantastic! My family gets so excited when they see me buying the ingredients for this! Great, Easy, Quick, Healthy..what more could you ask for!?
Uh-may-zing.... Quick, easy and delicious! Made just in time for the snow-plosion that hit the east coast.
I always get asked for this recipe when I take this dish to a pot luck. I do think it needs a little bit more heat so I add additional jalapeno. I also add a can of drained black beans and some cilantro. Optional when serving, a dollop of sour cream. Its delicious, absolutely delicious.
Amazing-it is! i added some black beans, and next time i will add more jalapenos (kick it up some more). i used one can of diced tomatoes and one can of diced tomatoes with green chilis (it's all i had). will be making and freezing again. thanks
Awesome! Will add a touch more spice next time for my taste, but is excellent the way it is! In laws and family loved it! Served with broken tortilla chips, sour cream, and shredded cheddar toppings. Will definitely make again!!
More than 5 stars please! Outstanding soup!
Great. Makes lots. I also added black beans and used the canned green chilies. Great for a busy day.
My husband was surprised by how good it tasted. I love how easy and low maintenance it is. I added a can of black beans, a little extra cayenne and used low sodium broth. Next time I'll add more jalepeno, we like it spicy.
Amazing! Didn't have a jalapeno pepper, used 2 cans of rotel instead of the regular canned tomatos and that worked just fine and was still spicy. It was fabulous!! Thanks!
This soup is unbelievable!!! It has just the right amount of "kick" for my taste. I followed it exactly as written and plan on making this many more times.
Never made this type of soup before but I love ordering it at restaurants, so I tried making it. It turned out amazing! I used one can of tomatoes (family does not love them), Goya seasoning blend, black beans can, can corn blend with peppers. No jalape&ntilde;o, no cayenne, no tomato sauce. But, it was excellent. Full of flavor and depth. Even my husband and son who never want a tomato based soup, loved it!
Very good! This was packed with flavor. I did add about twice the corn and two packets of Sazon seasoning. It really pumped up the spice. I can't believe how healthy this is too! Hoping it freezes well because I have a lot leftover. Thank you!
This is amazing!!! I changed a few things. I added some chopped green chillies, 4 bay leaves, and garlic salt to the chicken. It is the most wonderful soup I have ever made. It taste like it should be in a resturant!!! I can't believe it is healthy!!!! YEAH!
Very, very good. I made this for football Sunday and it was a big hit. Makes you feel all warm inside. I love the fact that it is healthy, too. So many soups like this have cheese already in them. I liked that it was left out for a topping.
This soup was indeed AMAZING!
I made it exactly as called for except I added two cans of black beans, drained. 
Most delicious! Thanks for a great recipe!
My family and I have never had tortilla soup of any kind but we decided to try this because it seemed like a good recipe for low fat chicken breasts. We did make a few changes due to what we had on hand but we all loved this soup. (my picky DH had 3 bowls full) It is a welcomed change/addition from winter foods of chili spaghetti and stew. What a belly warmer. We will be making this a regular. Thanks Valerie for a great recipe!
I keep frozen jalape&ntilde;o in my freezer for recipes like this. I used rotisserie chicken and chopped up a bag of broken corn tortillas and saut&eacute;ed in 2 tsp of coconut oil for garnish. Yum.
This is the best and I do mean the best I have had. I thought Crackle Barrel had the best boy was I wrong......If you like this type of food you won't find anything any better....The only, and I mean the only thing different I did was add a boul of chicken flavor...<br/><br/>God Bless
Excellent, easy to make even for a first timer and tastes great.
Amazing is right! This soup was so delicious! I made as posted except that I used some leftover chicken that I had and I used a can of green chilies instead of the jalapeno and I added a can of black beans. YUM! I simmered for about an hour. I served with Seasoned Tortilla Strips recipe #100646 by Junebug. Thanks for posting a keeper!
I am so happy to have this recipe. It's honestly one of the best soups Ive ever eaten.. And I'll definitely be making more! Thank you.
This was great as the recipe and ingredients are presented (plus or minus salt to your tastes). Easy to make too. Chopping veggies took the most time. I used fresh corn and added red pepper. The jalapeno taste didn't come through - so this ingredient felt useless to me. This didn't need black beans unless you'd like it to be more filling. Nice flavors. Thanks. Will make again
Thanks this was amazing, and very comforting!!! Made a whole bunch!!!
This soup was awesome! We made it for my mom's 50th suprise birthday party and it was the favorite thing on the menu! I have passed the recipe on to several people at work to try as well, and they love it too!
This is the first recipe I've actually liked. Instead of the diced tomatos, I bought a can of the hot whole tomatoes and stuck it in the blender. I also used 6 jalapenos and an anaheim. It came out perfect.
Wow, something spicy that's a big hit with the whole family?! Everyone loved it. My 9 yr old said, "Other people would love this soup!" That's when I told him there were 95 reviews already. I didn't have the jalapeno, forgot the extra water (didn't have wine), used 1 can of corn, and used leftover turkey. A little sour cream was great with it. The kids didn't even see the tortilla chips on the table, so they didn't put them in. My dh raved and raved. This is a winner.
DELISH ..... The guests at our Mexican fiesta asked for the recipe! Its hard to get jalapenos in Canada at this time of year, so I used a tin of green chilies. I increased the amount of corn & like others, I added a tin of black beans. Thanx Valerie!
This soup recipe has become a staple for us! The delicious flavor and low fat ingredients keep us coming back for more. Plus it is very easy to make. I have incorporated many of the suggestions given by other members for additions to the recipe for added variety - black beans and brown rice are our favorite additions. This soup is also extra delicious if you add some freshly made salsa to it! We like it spicy so the jalepeno seeds are a "must"! For a "company" dinner a dollop of sour cream and some sliced green onions on the top, along with the tortilla chips, makes a lovely and delicious presentation!
Wonderful taste! I used 1/4 cup vermouth and 1/4 cup water for the water/wine ingredient and added 2 bay leaves and fresh chopped cilandro, just because I love cilandro. Wonderful!
This was great!! Hubby is not always a soup fan but I think he was surprised at how much he loved this. We like spicy things so we added a little more cayenne. I loved how easy this was to make. We will definately be making this again!! Thanks for sharing.
do i add the chicken in raw?
Awesome and easy to make! This was my first soup and it was absolutely delicious! I used no salt added tomato sauce/diced tomatoes and the lowest sodium broth i could find and it was STILL amazing-- boyfriend loved it! Plus, lots of leftovers :)
This is INCREDIBLE soup. We made it precisely according to the directions, and it was very good at first taste. Letting it sit in the fridge overnight, it was fantastic. Our slight variation was to serve it piping hot over over rice and black beans, "gumbo style" (copying the menu of a local Mexican restaurant). Garnish with a squeeze of Key Lime, y hombre, esa sopa es muy, pero muy rica!
DH, who considers himself a tortilla soup connoisseur, said "Baby, this is the best tortilla soup I have ever had, hands down." And then he helped himself to another huge bowl. :) I changed a few small things: 1 bag of frozen southwestern corn mix instead of plain corn; 1 can of green chilis instead of jalapeno; 1 can of tomato paste instead of tomato sauce; omitted the white wine; added a can of drained/rinsed black beans, 4 stalks of celery (chopped), 2 small zuchinnis (sliced thick) and a teaspoon of smoked paprika. Served with sour cream, chips and sliced avocado, then emailed the recipe to everyone I know. Everyone who has tried it, raves about it. Freezes very well. Freeze in portion-sized freezer safe bowls, then take to work and pop in the microwave for a fast, tasty lunch. This is a 10 star recipe. Healthy and delicious.
This was wonderful. I made just a few small changes to include the whole green pepper and a can of black beans, rinsed and used a little extra broth to avoid wasting the extra from the large can. As written it makes a TON of soup so I am going to freeze it and hope that it is just as good next time!
Amazing! Plenty of flavors! I made this a few days ago, and it was gone within a couple days. Everyone loved it, and I would not change a thing about it. I did double the jalapeno peppers, cayenne pepper, and chili powder because it was not spicy enough for me. I love spicy food! My husband still talked about how wonderful this recipe was today. Thank you so much for sharing it.
